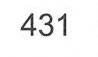
431